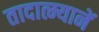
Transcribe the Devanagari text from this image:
तादात्म्यानें